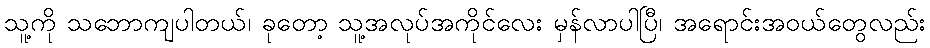
သူ့ကို သဘောကျပါတယ်၊ ခုတော့ သူ့အလုပ်အကိုင်လေး မှန်လာပါပြီ၊ အရောင်းအဝယ်တွေလည်း